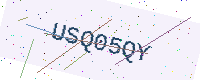
Text: USQ05QY